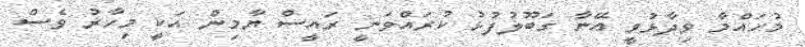
މުހައްމާ ވިދާޅުވީ އޭނާ ގަބޫލުފުޅު ކުރައްވަނީ ރައީސް ޔާމިން އަކީ މިހާރު ވެސް